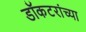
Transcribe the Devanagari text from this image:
डॉकटरांच्या